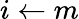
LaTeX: i\leftarrow m